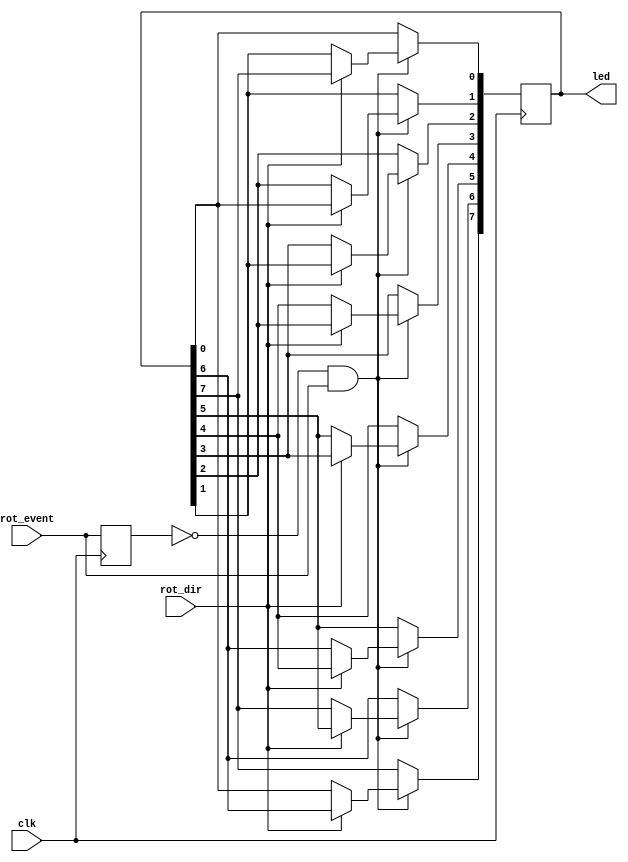
`timescale 1ns / 1ps
//////////////////////////////////////////////////////////////////////////////////
// Company: 
// Engineer: 
// 
// Design Name: 
// Module Name:    ripple 
// Project Name: 
// Target Devices: 
// Tool versions: 
// Description: 
//
// Dependencies: 
//
// Revision: 
// Revision 0.01 - File Created
// Additional Comments: 
//
//////////////////////////////////////////////////////////////////////////////////
module ripple(clk, rot_event, rot_dir, led);
input clk, rot_event, rot_dir;
output reg [7:0] led;
reg prev_rot_event;
initial led=1;
initial prev_rot_event = 1;
always @(posedge clk) begin
	prev_rot_event<=rot_event;
	if(prev_rot_event==0 && rot_event==1) begin 
		if(rot_dir==1) begin
			led[0] <= led[7];
			led[1] <= led[0];
			led[2] <= led[1];
			led[3] <= led[2];
			led[4] <= led[3];
			led[5] <= led[4];
			led[6] <= led[5];
			led[7] <= led[6];
		end
		else if(rot_dir==0) begin
			led[0] <= led[1];
			led[1] <= led[2];
			led[2] <= led[3];
			led[3] <= led[4];
			led[4] <= led[5];
			led[5] <= led[6];
			led[6] <= led[7];
			led[7] <= led[0];
		end
	end
end


endmodule